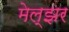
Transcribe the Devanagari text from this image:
मेल्झर